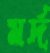
মর্দ